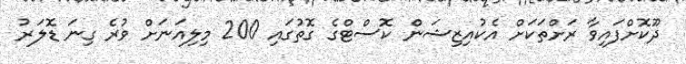
ދޫކޮށްފައިވާ ރަށްތަކަށް އެކުއިޒިޝަން ކޮސްޓްގެ ގޮތުގައި 200 މިލިއަނަށް ވުރެ ގިނަ ޑޮލަރު